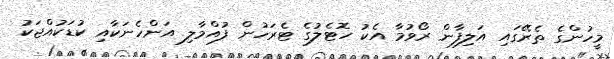
މީހުންގެ ތެރޭގައި އަލިފާން ރޯވުމާ އެކު ހޮޓެލުގެ ޓެރަހުން ފުއްމާލި އަންހެނަކާއި ކުޑަކުއްޖަކު